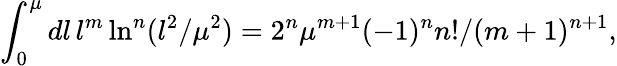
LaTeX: \int_{0}^{\mu}dl\, l^{m}\ln^{n}(l^{2}/\mu^{2})=2^{n}\mu^{m+1}(-1)^{n}n!/(m+1)^{n+1},